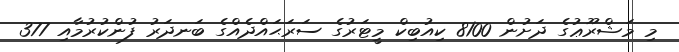
މި މަޝްރޫޢުގެ ދަށުން 8100 ކިއުބިކް މީޓަރުގެ ސަރަޙައްދެއްގެ ބަނދަރު ފުންކުރުމާއި 377